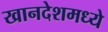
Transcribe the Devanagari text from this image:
खानदेशमध्ये